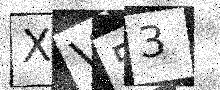
Text: XV53